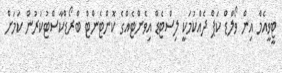
ޓީވީއެމް އިން ވޯލްޑް ކަޕް ދެއްކުމަކީ ލިސްޓެޑް އިވެންޓެއްގެ ކޮންޓެންޓް ބްރޯޑްކާސްޓުކުރުން ކަމަށް